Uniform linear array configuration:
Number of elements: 48
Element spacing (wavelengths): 0.75
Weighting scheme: hamming
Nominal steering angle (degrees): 15
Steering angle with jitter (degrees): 15.188
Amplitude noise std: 0.05
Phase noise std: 0.05

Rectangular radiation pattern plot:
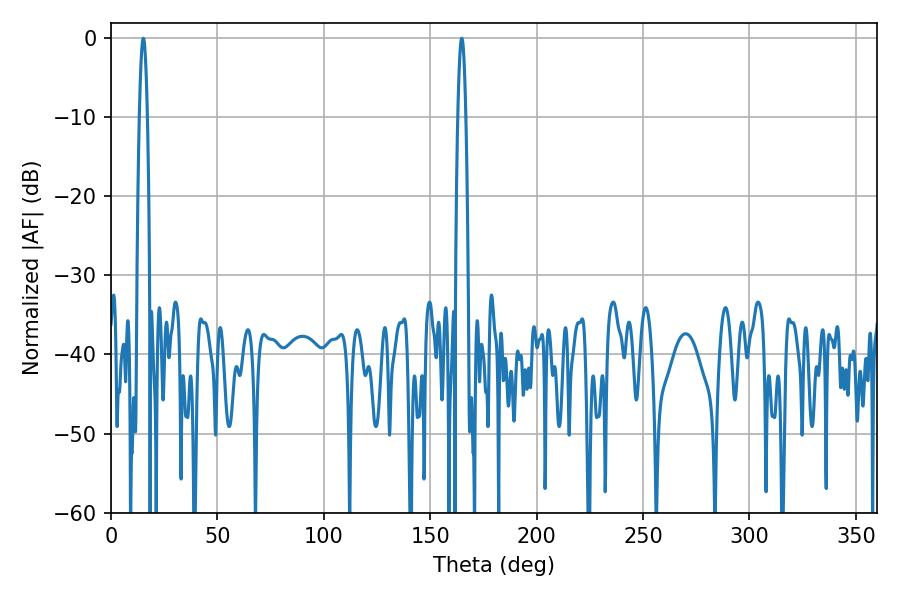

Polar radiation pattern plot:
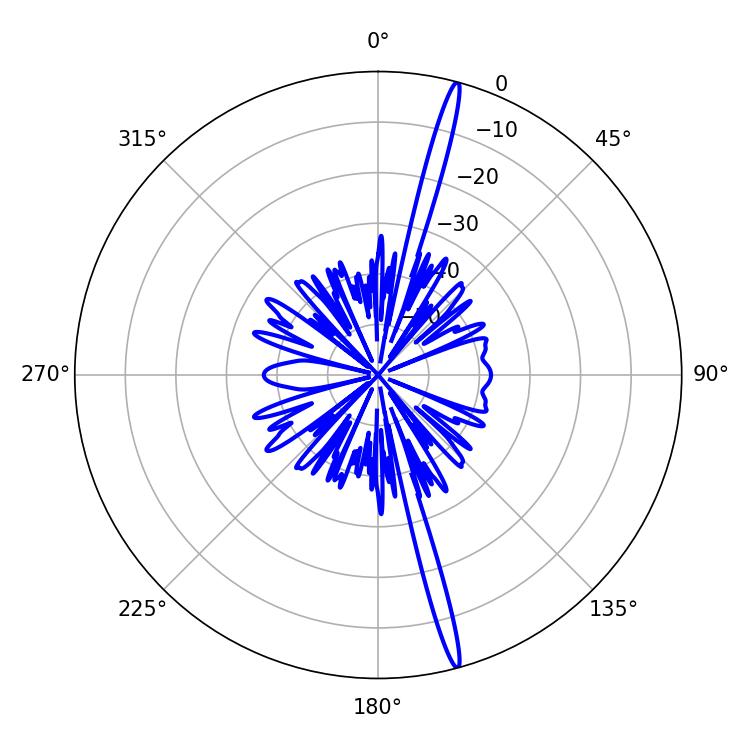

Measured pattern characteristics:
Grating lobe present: TRUE
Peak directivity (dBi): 19.832
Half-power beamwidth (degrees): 1.98
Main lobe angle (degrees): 164.88